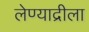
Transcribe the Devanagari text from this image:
लेण्याद्रीला